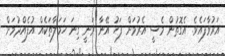
އަރުވާފައެވެ. އެގޮތުން މެސީ އެރުމަށް ފަހު އޭނާ ވަނީ ގިނަ ހަމަލާތަކެއް އުފެއްދުމަށް